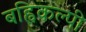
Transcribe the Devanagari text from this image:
बह्विकल्पी